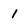
Character: I